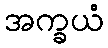
အက္ခယံ